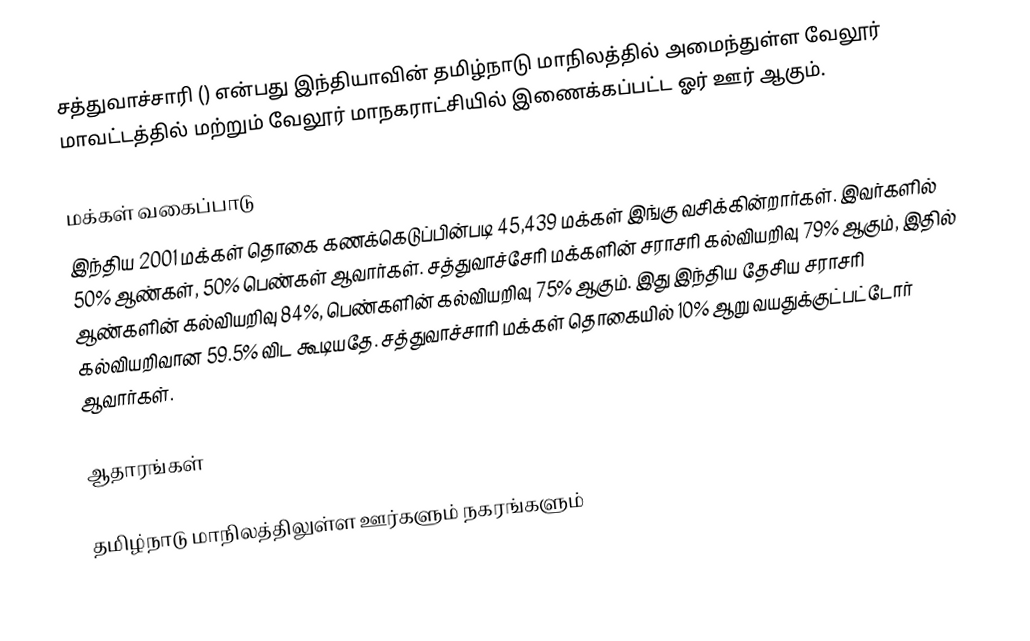
சத்துவாச்சாரி  () என்பது இந்தியாவின் தமிழ்நாடு மாநிலத்தில் அமைந்துள்ள வேலூர் மாவட்டத்தில் மற்றும் வேலூர் மாநகராட்சியில் இணைக்கப்பட்ட ஓர் ஊர் ஆகும்.

மக்கள் வகைப்பாடு
இந்திய 2001 மக்கள் தொகை கணக்கெடுப்பின்படி 45,439 மக்கள் இங்கு வசிக்கின்றார்கள். இவர்களில் 50% ஆண்கள், 50% பெண்கள் ஆவார்கள். சத்துவாச்சேரி மக்களின் சராசரி கல்வியறிவு 79% ஆகும்,  இதில் ஆண்களின் கல்வியறிவு 84%,  பெண்களின் கல்வியறிவு 75% ஆகும். இது இந்திய தேசிய சராசரி கல்வியறிவான 59.5% விட கூடியதே.  சத்துவாச்சாரி  மக்கள் தொகையில் 10%  ஆறு வயதுக்குட்பட்டோர் ஆவார்கள்.

ஆதாரங்கள்

தமிழ்நாடு மாநிலத்திலுள்ள ஊர்களும் நகரங்களும்